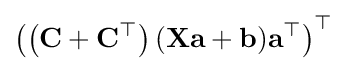
\left(\left(\mathbf {C} +\mathbf {C} ^{\top }\right)(\mathbf {X} \mathbf {a} +\mathbf {b} )\mathbf {a} ^{\top }\right)^{\top }